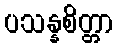
ပသန္နစိတ္တာ